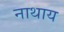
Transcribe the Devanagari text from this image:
नाथाय